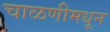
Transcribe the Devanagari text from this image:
चाळणीमधून